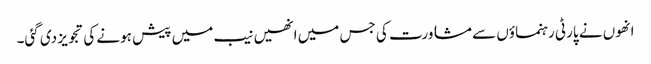
انھوں نے پارٹی رہنماؤں سے مشاورت کی جس میں انھیں نیب میں پیش ہونے کی تجویز دی گئی۔